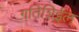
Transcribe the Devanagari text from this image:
गतिशिईल